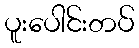
ပူးပေါင်းတပ်